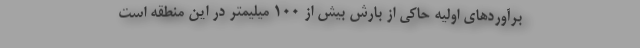
برآوردهای اولیه حاکی از بارش بیش از 100 میلیمتر در این منطقه است